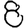
Digit: 8